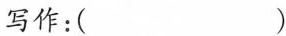
写作：( )